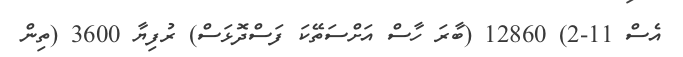
އެސް 11-2) 12860 (ބާރަ ހާސް އަށްސަތޭކަ ފަސްދޮޅަސް) ރުފިޔާ 3600 (ތިން